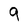
Character: 9